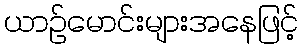
ယာဉ်မောင်းများအနေဖြင့်